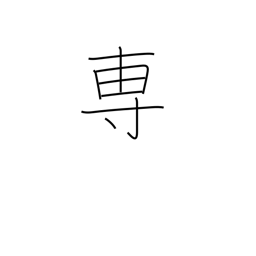
Meaning: mainly